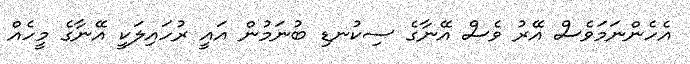
އެހެންނަމަވެސް އޭރު ވެސް އޭނާގެ ސިކުނޑި ބުނަމުން އައީ ރުހައިލަކީ އޭނާގެ މީހެއް